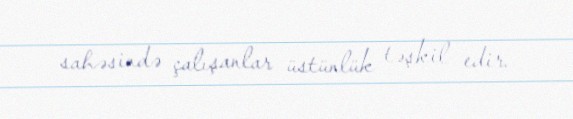
sahəsində çalışanlar üstünlük təşkil edir.